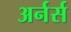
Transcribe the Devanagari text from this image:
अर्नर्स